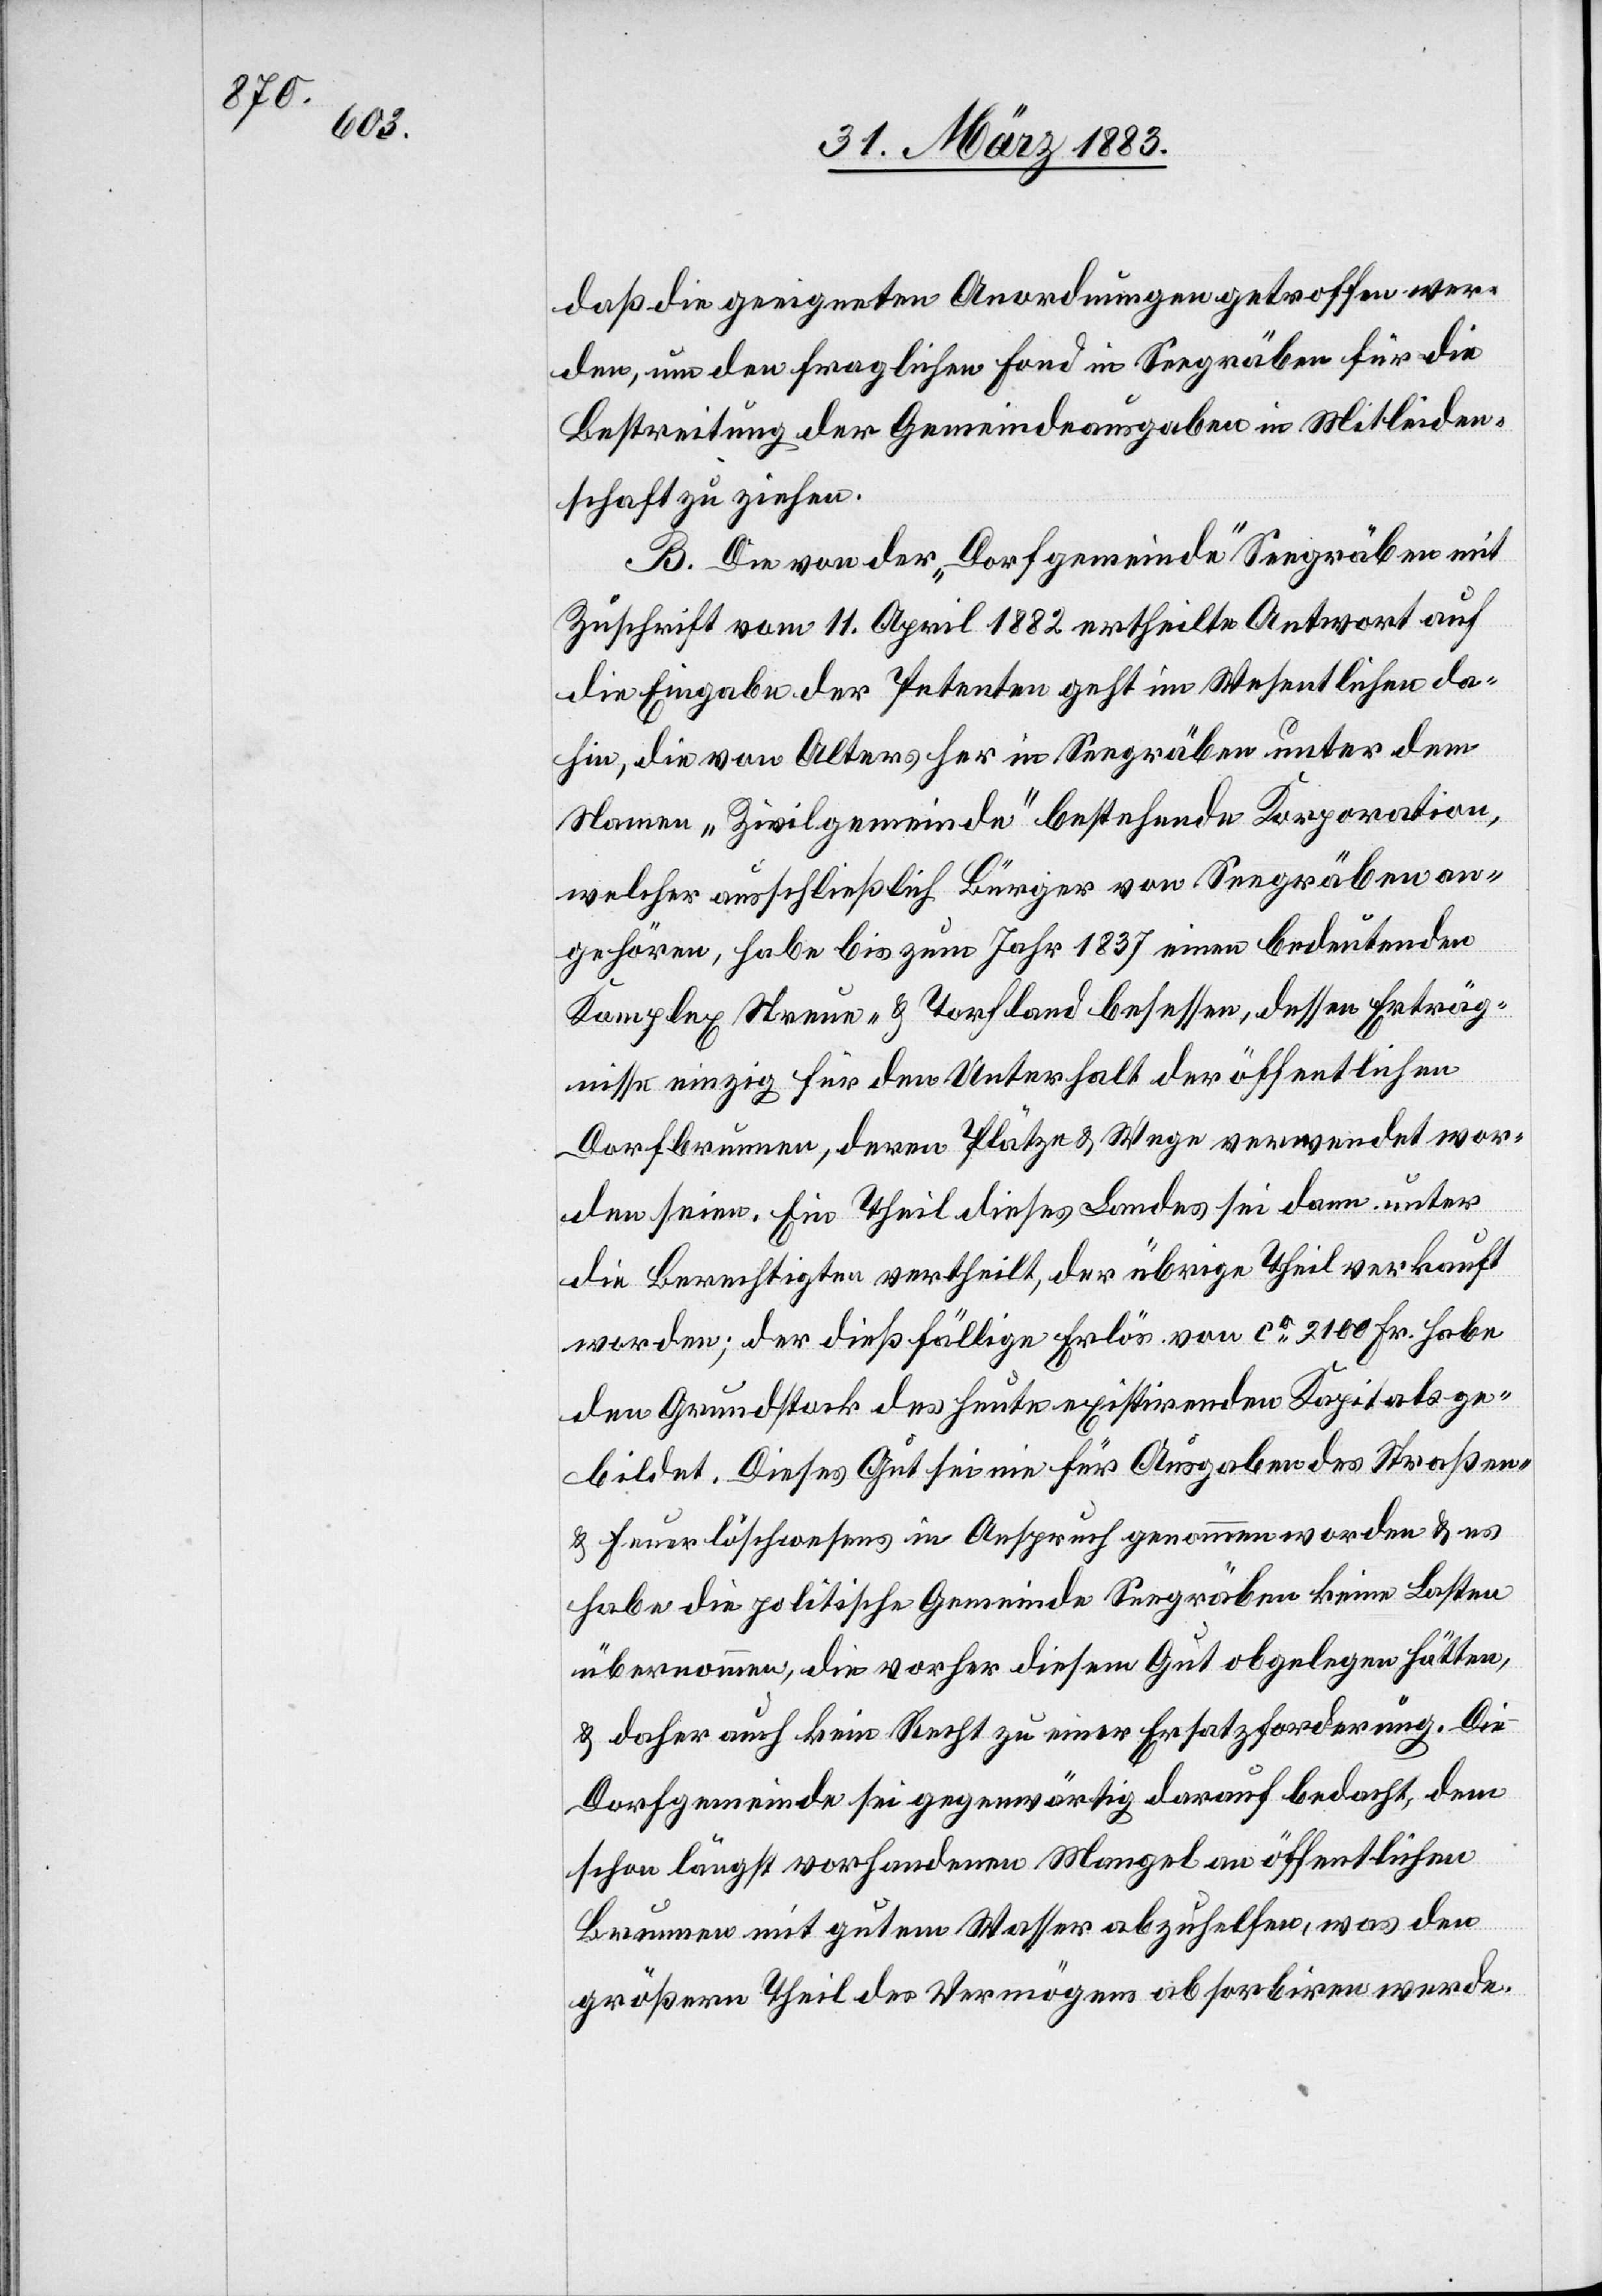
daß die geeigneten Anordnungen getroffen wer¬
den, um den fraglichen Fond in Seegräben für die
Bestreitung der Gemeindeausgaben in Mitleiden¬
schaft zu ziehen.
B. Die von der „Dorfgemeinde“ Seegräben mit
Zuschrift vom 11. April 1882 ertheilte Antwort auf
die Eingabe der Petenten geht im Wesentlichen da¬
hin, die von Alters her in Seegräben unter dem
Namen „Zivilgemeinde“ bestehende Korporation,
welcher ausschließlich Bürger von Seegräben an¬
gehören, habe bis zum Jahr 1837 einen bedeutenden
Komplex Streue- & Torfland besessen, dessen Erträg¬
nisse einzig für den Unterhalt der öffentlichen
Dorfbrunnen, deren Plätze & Wege verwendet wor¬
den seien. Ein Theil dieses Landes sei dann unter
die Berechtigten vertheilt, der übrige Theil verkauft
worden; der dießfällige Erlös von ca 2100 Fr. habe
den Grundstock des heute existirenden Kapitals ge¬
bildet. Dieses Gut sei nie für Ausgaben des Straßen-
& Feuerlöschwesens in Anspruch genommen worden & es
habe die politische Gemeinde Seegräben keine Lasten
übernommen, die vorher diesem Gut obgelegen hätten,
& daher auch kein Recht auf Ersatzforderung. Die
Dorfgemeinde sei gegenwärtig darauf bedacht, dem
schon längst vorhandenen Mangel an öffentlichen
Brunnen mit gutem Wasser abzuhelfen, was den
größern Theil des Vermögens absorbiren werde.